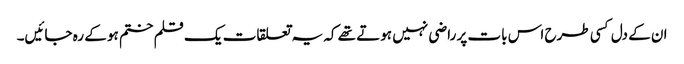
ان کے دل کسی طرح اس بات پر راضی نہیں ہوتے تھے کہ یہ تعلقات یک قلم ختم ہو کے رہ جائیں۔